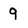
Character: 9